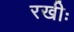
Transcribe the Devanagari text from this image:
रखीः